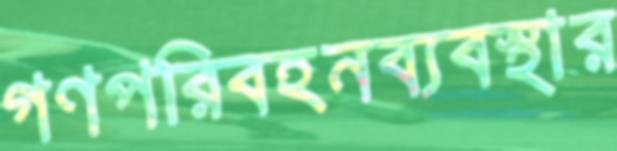
গণপরিবহনব্যবস্থার